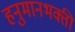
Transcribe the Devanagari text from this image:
हनुमानभक्ती